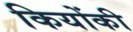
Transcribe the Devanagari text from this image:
कियोंकी